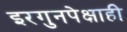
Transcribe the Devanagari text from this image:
इरगुनपेक्षाही